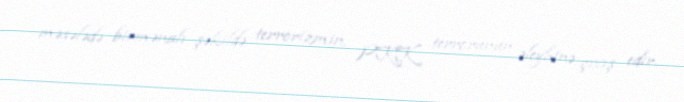
məsələdə birmənalı şəkildə terrorizmin, PKK terrorunun əleyhinə çıxış edir.